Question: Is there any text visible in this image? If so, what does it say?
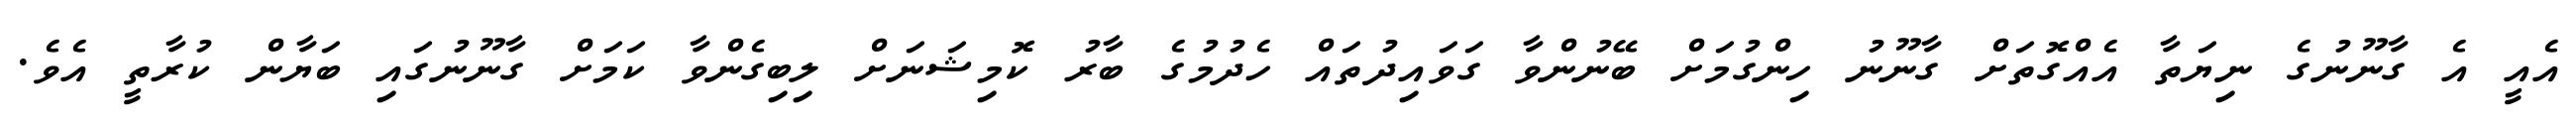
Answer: އެއީ އެ ގާނޫނުގެ ނިޔަތާ އެއްގޮތަށް ގާނޫނު ހިންގުމަށް ބޭނުންވާ ގަވައިދުތައް ހެދުމުގެ ބާރު ކޮމިޝަނަށް ލިބިގެންވާ ކަމަށް ގާނޫނުގައި ބަޔާން ކުރާތީ އެވެ.